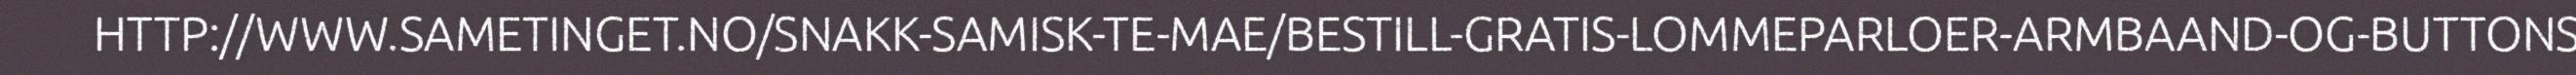
HTTP://WWW.SAMETINGET.NO/SNAKK-SAMISK-TE-MAE/BESTILL-GRATIS-LOMMEPARLOER-ARMBAAND-OG-BUTTONS